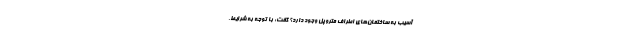
آسیب به ساختمان‌های اطراف متروپل وجود دارد؟ گفت: با توجه به شرایط،